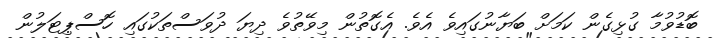
ބޮޑުވުމާ ގުޅިގެން ކަމަށް ބަޔާނުގައިވެ އެވެ. އެގޮތުން މިވޭތުވެ ދިޔަ ދުވަސްތަކުގައި ހޮސްޕިޓަލުން